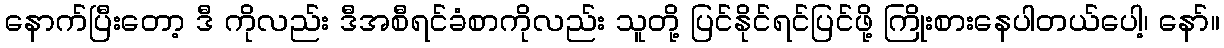
နောက်ပြီးတော့ ဒီ ကိုလည်း ဒီအစီရင်ခံစာကိုလည်း သူတို့ ပြင်နိုင်ရင်ပြင်ဖို့ ကြိုးစားနေပါတယ်ပေါ့၊ နော်။